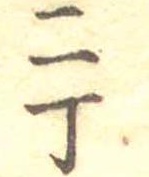
二丁